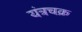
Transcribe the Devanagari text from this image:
यंत्रचक्र